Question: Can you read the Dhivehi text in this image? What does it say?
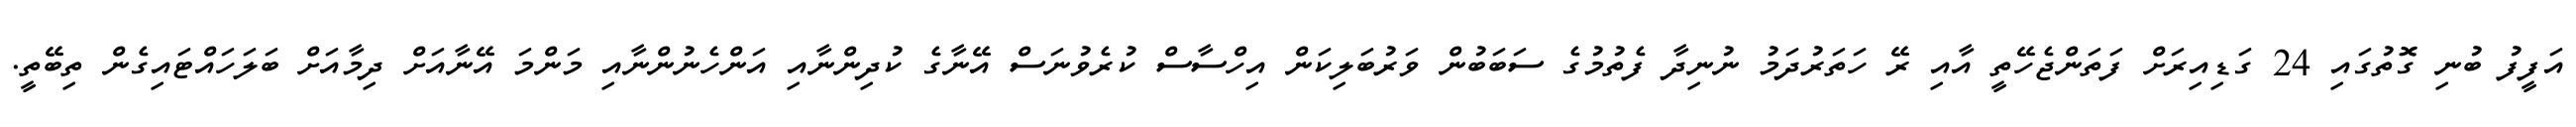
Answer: އަފީފު ބުނި ގޮތުގައި 24 ގަޑިއިރަށް ފަތަންޖެހޭތީ އާއި ރޭ ހަތަރުދަމު ނުނިދާ ފެތުމުގެ ސަބަބުން ވަރުބަލިކަން އިހްސާސް ކުރެވުނަސް އޭނާގެ ކުދިންނާއި އަންހެނުންނާއި މަންމަ އޭނާއަށް ދިމާއަށް ބަލަހައްޓައިގެން ތިބޭތީ.